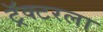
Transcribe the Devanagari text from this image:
ट्रॅक्टरला